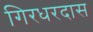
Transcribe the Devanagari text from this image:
गिरधरदास